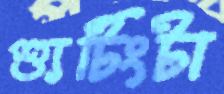
শ্যুটিংটা